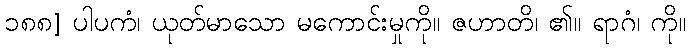
၁၈၈] ပါပကံ၊ ယုတ်မာသော မကောင်းမှုကို။ ဇဟာတိ၊ ၏။ ရာဂံ၊ ကို။